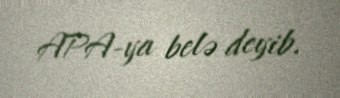
APA-ya belə deyib.